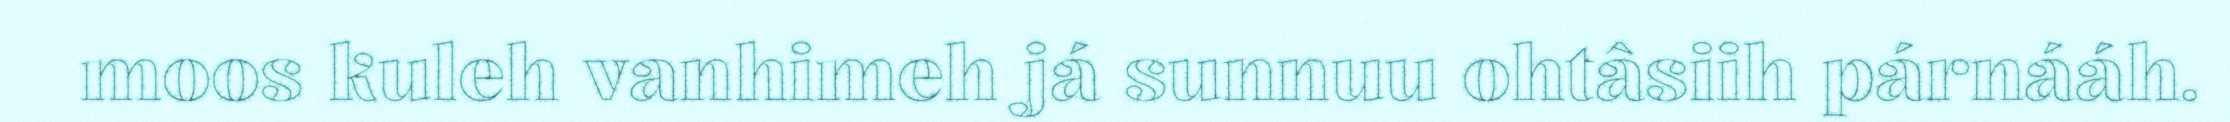
moos kuleh vanhimeh já sunnuu ohtâsiih párnááh.